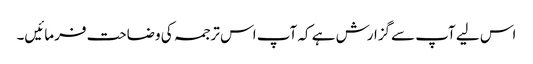
اس لیے آپ سےگزارش ہے کہ آپ اس ترجمہ کی وضاحت فرمائیں۔